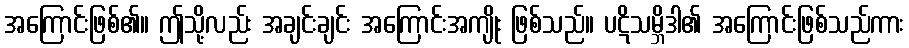
အကြောင်းဖြစ်၏။ ဤသို့လည်း အချင်းချင်း အကြောင်းအကျိုး ဖြစ်သည်။ ပဋိသမ္ဘိဒါ၏ အကြောင်းဖြစ်သည်ကား